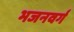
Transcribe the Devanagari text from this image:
भजनवर्ग